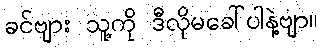
ခင်ဗျား သူ့ကို ဒီလိုမခေါ်ပါနဲ့ဗျာ။